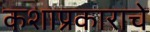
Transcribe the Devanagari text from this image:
कशाप्रकाराचे